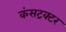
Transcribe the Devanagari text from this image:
कंसट्रक्टर